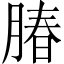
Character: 䐏